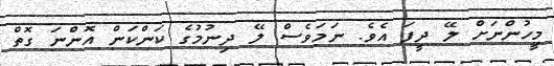
މީހުންނަށް ލޭ ދީފަ އެވެ. ނަމަވެސް ލޭ ދިނުމުގެ ކަންކަން އޮންނަ ގޮތް